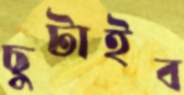
ছুটাইব